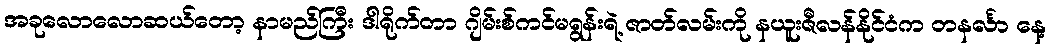
အခုလောလောဆယ်တော့ နာမည်ကြီး ဒါရိုက်တာ ဂျိမ်းစ်ကင်မရွန်းရဲ့ ဇာတ်လမ်းကို နယူးဇီလန်နိုင်ငံက တနင်္လာ နေ့